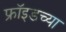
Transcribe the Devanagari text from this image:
फ्राॅइडच्या